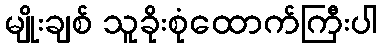
မျိုးချစ် သူခိုးစုံထောက်ကြီးပါ